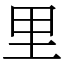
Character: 里